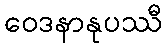
ဝေဒနာနုပဿီ